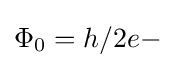
\Phi _{0}=h/2e-